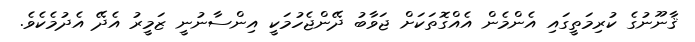
ޤާނޫނުގެ ކުރިމަތީގައި އެންމެން އެއްގޮތަކަށް ޖަވާބު ދޭންޖެހުމަކީ އިންސާނުނީ ޒަމީރު އެދޭ އެދުމެކެވެ.